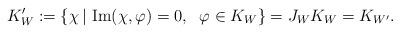
LaTeX: \begin{gather*}K_{W}^{\prime}:=\{\chi\, |\, \operatorname{Im}(\chi,\varphi)=0,\; \ \varphi\in K_{W} \}=J_{W}K_{W}=K_{W^{\prime}}.\end{gather*}